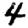
Digit: 4